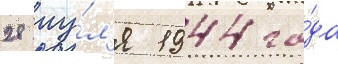
28 иу́л'я 1944 го́да